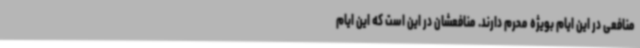
منافعی در این ایام بویژه محرم دارند. منافعشان در این است که این ایام